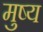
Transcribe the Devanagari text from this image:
मुष्य